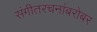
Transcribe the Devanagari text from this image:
संगीतरचनांबरोबर